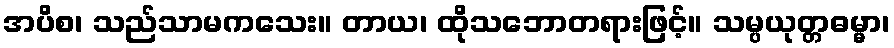
အပိစ၊ သည်သာမကသေး။ တာယ၊ ထိုသဘောတရားဖြင့်။ သမ္ပယုတ္တဓမ္မာ၊